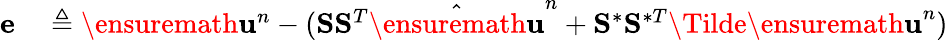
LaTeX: \begin{array}{rl}{\mathbf{e}}&{{}\triangleq\ensuremath{\mathbf{u}}^{n}-(\mathbf{S}\mathbf{S}^{T}\hat{\ensuremath{\mathbf{u}}}^{n}+\mathbf{S}^{\ast}\mathbf{S}^{\ast T}\Tilde{\ensuremath{\mathbf{u}}}^{n})}\end{array}